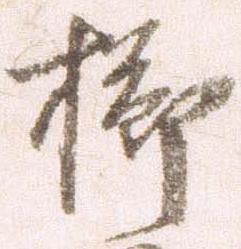
櫛